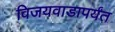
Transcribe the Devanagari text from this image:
विजयवाडापर्यंत